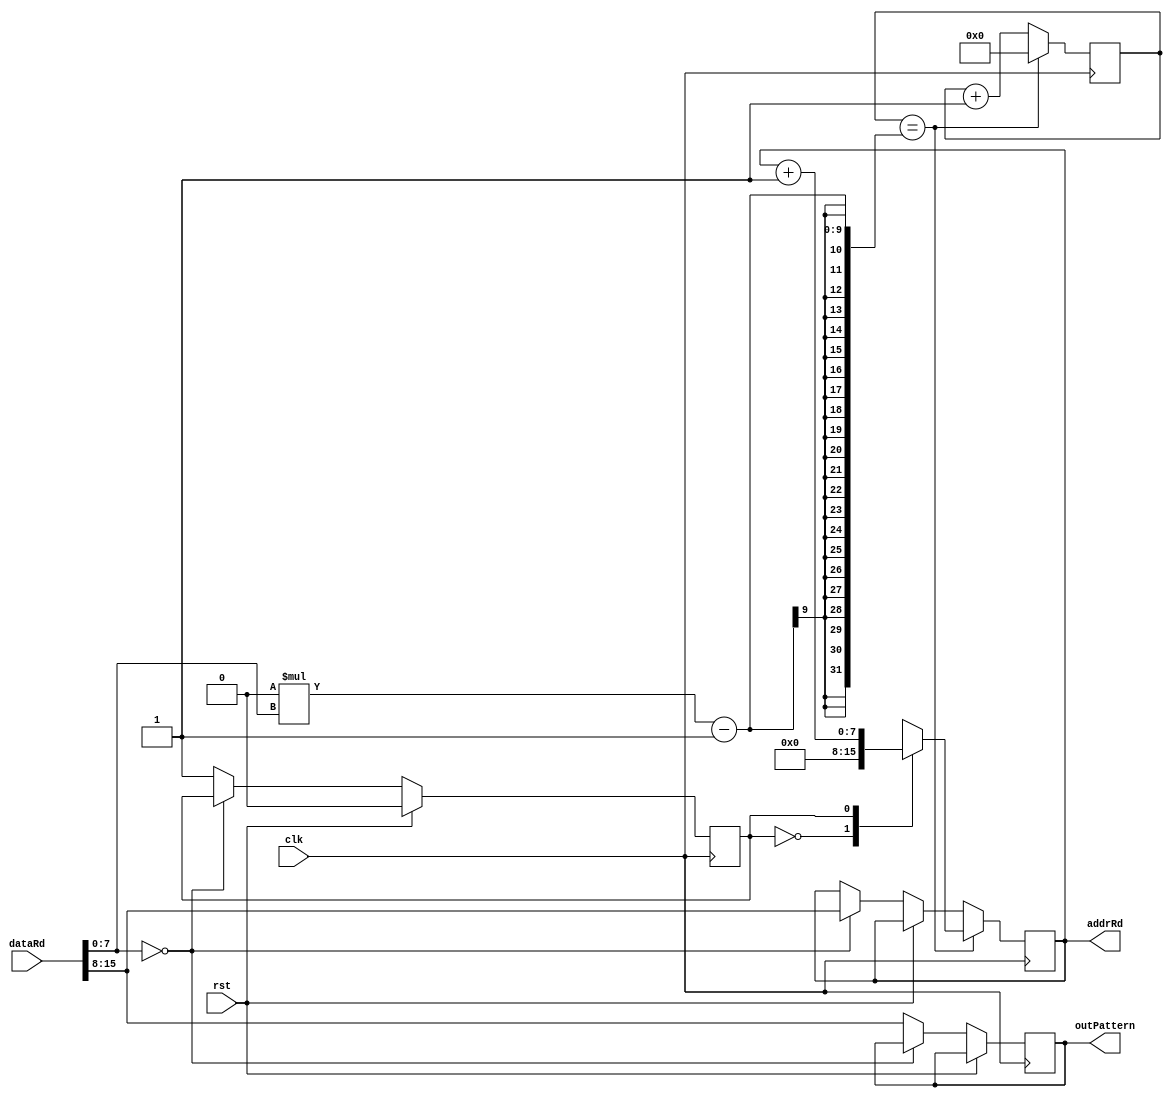
`timescale 1ns / 1ps
module LedCPUcore(clk, rst, addrRd, dataRd, outPattern);
input clk, rst;
input [15:0] dataRd;
output reg [7:0] addrRd;
output reg [7:0] outPattern;

reg [7:0] addrRdNxt, outPatternNxt;
reg [25:0] counter, counterNext;
reg state, stateNxt;

parameter FREQ = 0;

always@(posedge clk) begin
	counter <= #1 counterNext;
	addrRd <= #1 addrRdNxt;
	outPattern <= #1 outPatternNxt;
	state <= #1 stateNxt;
end

always@* begin
	counterNext = counter;
	outPatternNxt = outPattern;
	addrRdNxt = addrRd;
	stateNxt = state;
	
	if (rst)
		stateNxt = 0;
	else if (dataRd[7:0] == 0) // JUMP
		addrRdNxt = dataRd[15:8];
	else begin
		stateNxt = 1;
		outPatternNxt = dataRd[15:8];
	end
	
	if (counter == (FREQ * dataRd[7:0])-1) begin
		counterNext = 0;
		case(state)
			0: addrRdNxt = 0;
			1:	begin
				addrRdNxt = addrRd +1;
			end
		endcase
	end
	else
		counterNext = counter +1;
		
		
end
endmodule